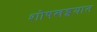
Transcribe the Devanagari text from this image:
शोषखड्डयात